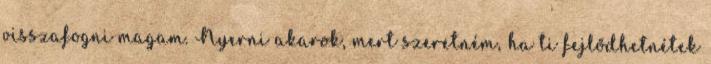
visszafogni magam. Nyerni akarok, mert szeretném, ha ti fejlődhetnétek